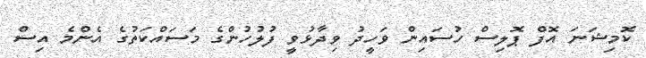
ކޮމިޝަނަ އޮފް ޕޮލިސް ހުސައިން ވަހީދު ވިދާޅުވީ ފުލުހުންގެ މަސައްކަތުގެ އެންމެ އިސް